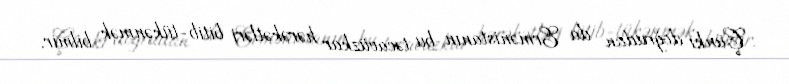
Çünki doğrudan da Ermənistanın bu təcavüzkar hərəkətləri bitib-tükənmək bilmir.